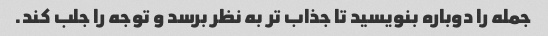
جمله را دوباره بنویسید تا جذاب تر به نظر برسد و توجه را جلب کند.